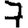
Digit: 7